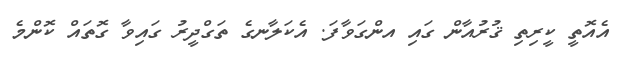
އެއޮތީ ކީރިތި ޤުރުއާން ގައި އންގަވާފަ. އެކަލާނގެ ތަގްދީރު ގައިވާ ގޮތައް ކޮންމެ